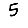
Digit: 5